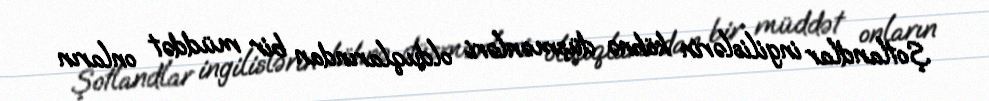
Şotlandlar ingilislərin köhnə düşmənləri olduqlarından bir müddət onların